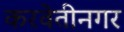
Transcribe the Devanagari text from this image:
करवेतीनगर